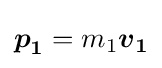
{\boldsymbol {p}}_{\boldsymbol {1}}=m_{1}{\boldsymbol {v}}_{\boldsymbol {1}}